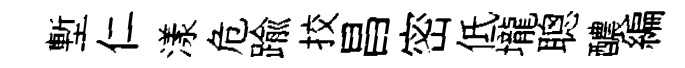
塹仁漾危踰挍昌密低壠聰醲編